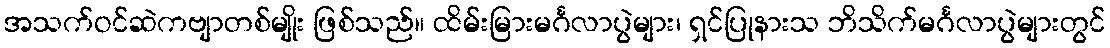
အသက်ဝင်ဆဲကဗျာတစ်မျိုး ဖြစ်သည်။ ထိမ်းမြားမင်္ဂလာပွဲများ၊ ရှင်ပြုနားသ ဘိသိက်မင်္ဂလာပွဲများတွင်